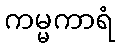
ကမ္မကာရံ